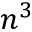
n ^ { 3 }